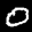
Label: 0